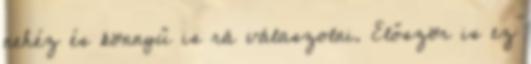
nehéz és könnyű is rá válaszolni. Először is ez